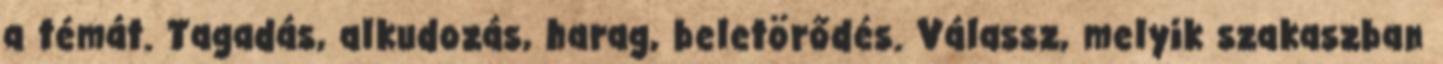
a témát. Tagadás, alkudozás, harag, beletörődés. Válassz, melyik szakaszban